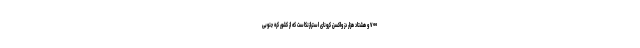
۷۰۰ و هشتاد هزار دز واکسن کرونای استرازنکاست که از کشور کره جنوبی